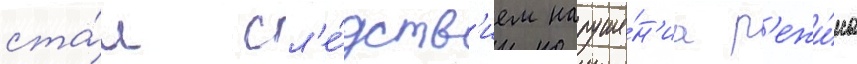
ста́л сл'е́дств'ием наруше́н'иа р'ежи́ма